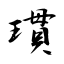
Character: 瑻